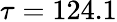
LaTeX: \tau=124.1